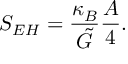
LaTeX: S _ { E H } = \frac { \kappa _ { B } } { \tilde { G } } \frac { A } { 4 } .